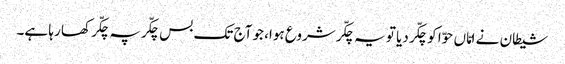
شیطان نے امّاں حوّا کو چکّر دیا تو یہ چکّر شروع ہوا، جو آج تک بس چکّر پہ چکّر کھا رہا ہے۔